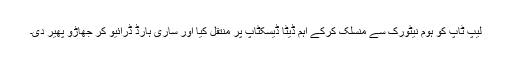
لیپ ٹاپ کو ہوم نیٹورک سے منسلک کرکے اہم ڈیٹا ڈیسکٹاپ پر منتقل کیا اور ساری ہارڈ ڈرائیو کر جھاڑو پھیر دی۔